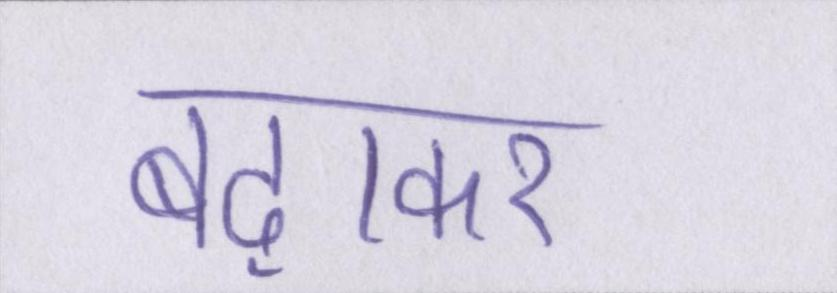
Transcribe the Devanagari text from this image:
बढ़ाकर